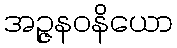
အဉ္ဇနဝနိယော